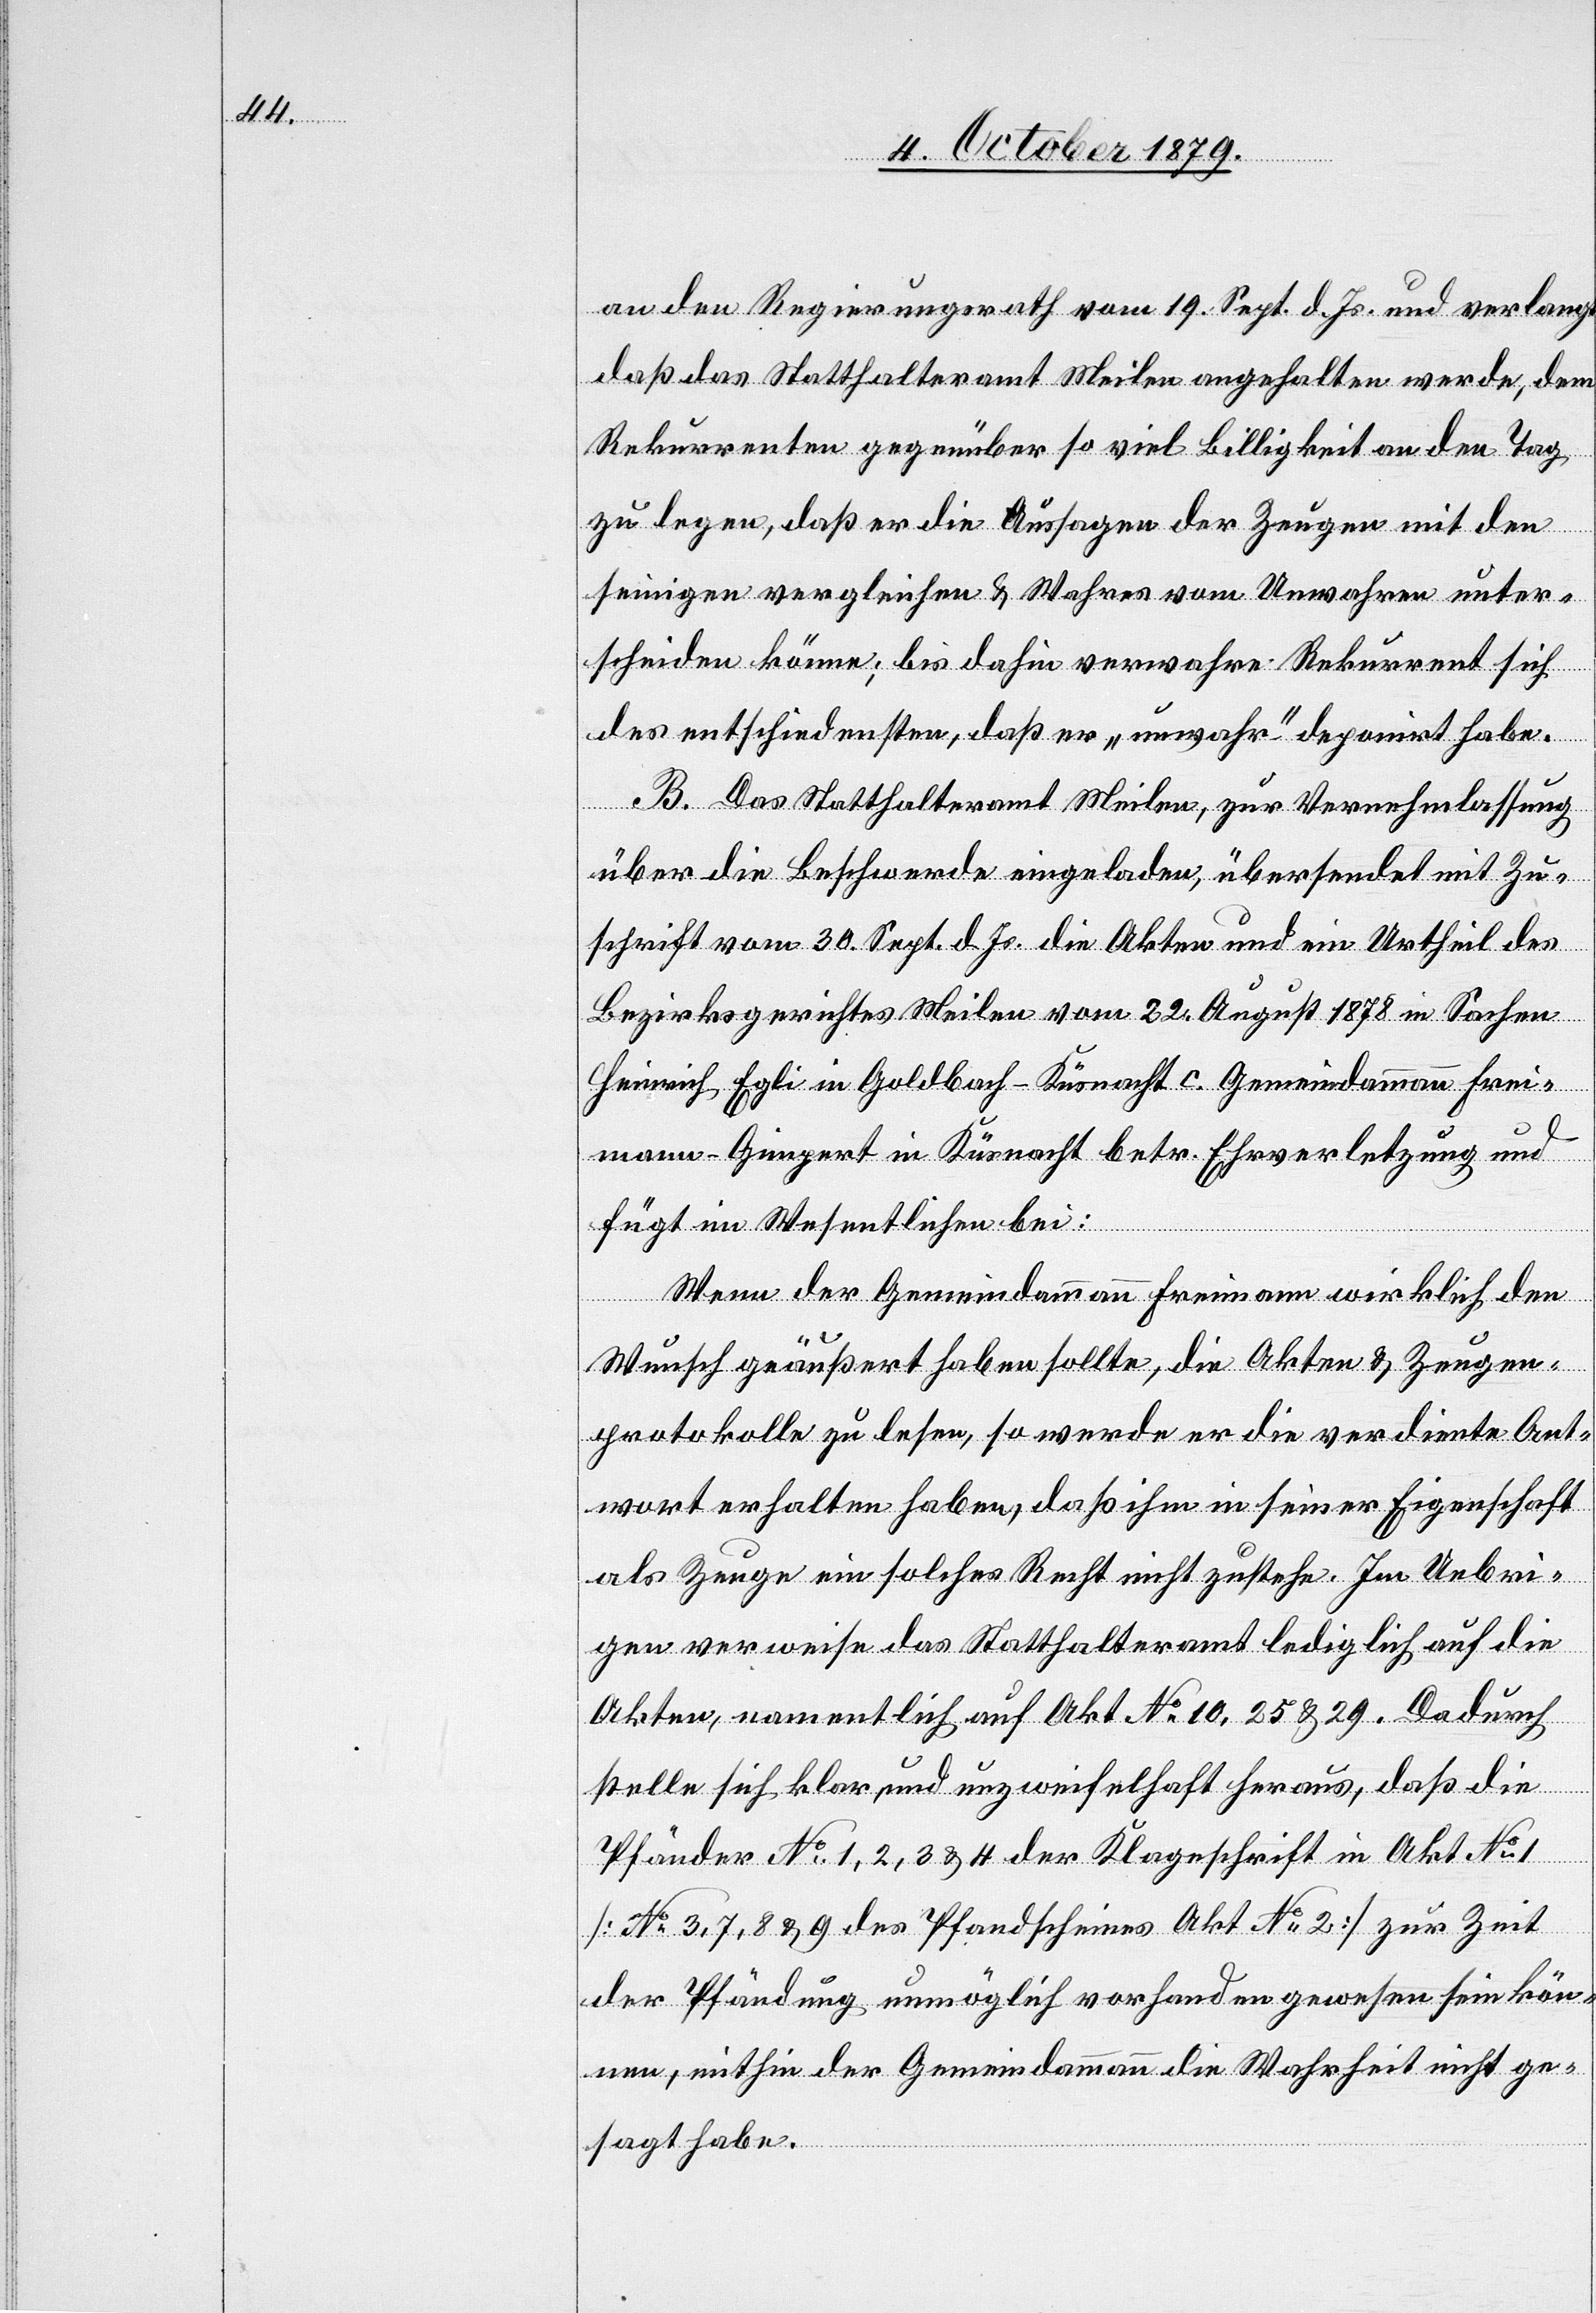
an den Regierungsrath vom 19. Sept. d. Js. und verlangt,
daß das Statthalteramt Meilen angehalten werde, dem
Rekurrenten gegenüber so viel Billigkeit an den Tag
zu legen, daß er die Aussagen der Zeugen mit den
Seinigen vergleichen & Wahres vom Unwahren unter¬
scheiden könne; bis dahin verwahre Rekurrent sich
des entschiedensten, daß er „unwahr“ deponirt habe.
C. Das Statthalteramt Meilen, zur Vernehmlassung
über die Beschwerde eingeladen, übersendet mit Zu¬
schrift vom 30. Sept. d. Js. die Akten und ein Urtheil des
Bezirksgerichtes Meilen vom 22. August 1878 in Sachen
Heinrich Egli in Goldbach - Küsnacht c. Gemeindammann Frei¬
mann-Gimpert in Küsnacht betr. Ehrverletzung und
fügt im Wesentlichen bei:
Wenn der Gemeindammann Freimann wirklich den
Wunsch geäußert haben sollte, die Akten & Zeugen¬
protokolle zu lesen, so werde er die verdiente Ant¬
wort erhalten haben, daß ihm in seiner Eigenschaft
als Zeuge ein solches Recht nicht zustehe. Im Uebri¬
gen verweise das Statthalteramt lediglich auf die
Akten, namentlich auf Akt. No 10, 25, & 29. Dadurch
stelle sich klar und unzweifelhaft heraus, daß die
Pfänder No 1, 2, 3 & 4 der Klageschrift in Akt. No 1
[No 3, 7, 8 & 9 des Pfandscheines Akt. No 2] zur Zeit
der Pfändung unmöglich vorhanden gewesen sein kön¬
nen, mithin der Gemeindeammann die Wahrheit nicht ge¬
sagt habe.